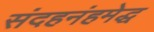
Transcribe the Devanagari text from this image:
संदहनंहमेद्ध